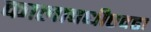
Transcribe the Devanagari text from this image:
कालावधीएवढा